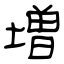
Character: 増